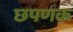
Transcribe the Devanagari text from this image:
छपणक